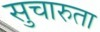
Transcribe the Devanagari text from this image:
सुचारुता